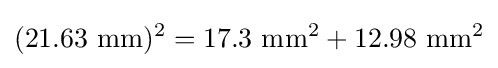
\mathrm {(21.63\ mm)^{2}=17.3\ mm^{2}+12.98\ mm^{2}}